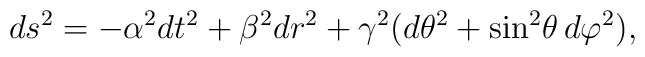
ds^2=-\alpha^2 dt^2+\beta^2 dr^2+\gamma^2(d\theta^2+\sin^2\!\theta\, d\varphi^2),